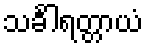
သင်္ခါရတ္တာယံ